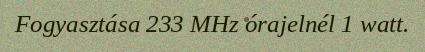
Fogyasztása 233 MHz órajelnél 1 watt.